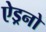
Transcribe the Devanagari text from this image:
ऐड्रनो